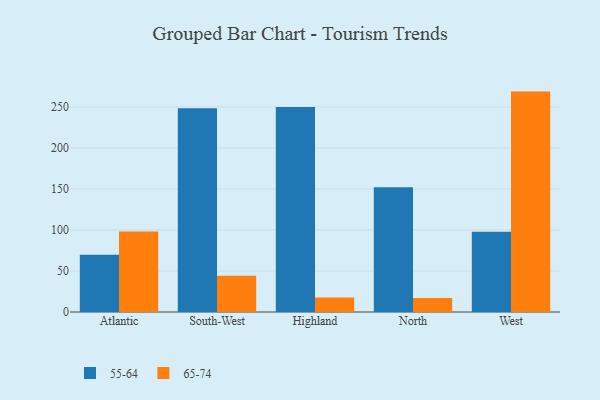
{"axis": {"x": "Region", "y": "Shipments"}, "legend": ["55-64", "65-74"], "data": [{"x": "Atlantic", "y": 69.7, "type": "55-64"}, {"x": "Atlantic", "y": 98.2, "type": "65-74"}, {"x": "South-West", "y": 248.2, "type": "55-64"}, {"x": "South-West", "y": 44.3, "type": "65-74"}, {"x": "Highland", "y": 249.9, "type": "55-64"}, {"x": "Highland", "y": 17.7, "type": "65-74"}, {"x": "North", "y": 152.1, "type": "55-64"}, {"x": "North", "y": 17.1, "type": "65-74"}, {"x": "West", "y": 97.7, "type": "55-64"}, {"x": "West", "y": 268.6, "type": "65-74"}]}